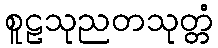
စူဠသုညတသုတ္တံ